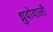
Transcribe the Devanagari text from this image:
ध्रुवोवाली